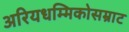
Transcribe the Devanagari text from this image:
अरियधम्मिकोसम्राट